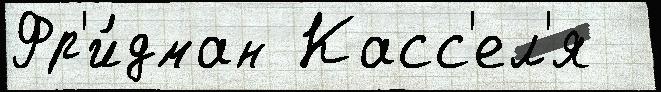
Фр'и́дман Касс'ел'я